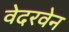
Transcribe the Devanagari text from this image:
वेदरवेन